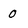
Character: 0